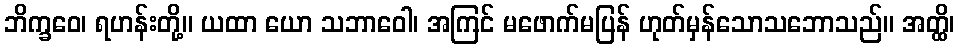
ဘိက္ခဝေ၊ ရဟန်းတို့။ ယထာ ယော သဘာဝေါ၊ အကြင် မဖောက်မပြန် ဟုတ်မှန်သောသဘောသည်။ အတ္ထိ၊